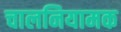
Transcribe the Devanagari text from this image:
चालनियामक